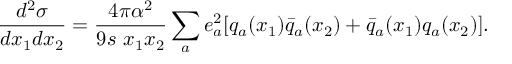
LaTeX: { \frac { d ^ { 2 } \sigma } { d x _ { 1 } d x _ { 2 } } } = { \frac { 4 \pi \alpha ^ { 2 } } { 9 s ~ x _ { 1 } x _ { 2 } } } \sum _ { a } e _ { a } ^ { 2 } [ q _ { a } ( x _ { 1 } ) \bar { q } _ { a } ( x _ { 2 } ) + \bar { q } _ { a } ( x _ { 1 } ) q _ { a } ( x _ { 2 } ) ] .